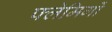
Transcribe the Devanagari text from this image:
फ्लेमिगों